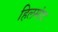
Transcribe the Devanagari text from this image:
हिलमांद